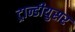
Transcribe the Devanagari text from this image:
ट्रान्डीयुसर